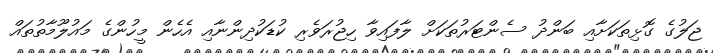
ޖަލުގެ ގޮޅިތަކަށާއި ބަންދު ސެންޓަރުތަކަށް ލާފައިވާ ހިޖުރަވެރި ކުޑަކުދިންނާއި އެހެން މީހުންގެ މައުލޫމާތުތައް